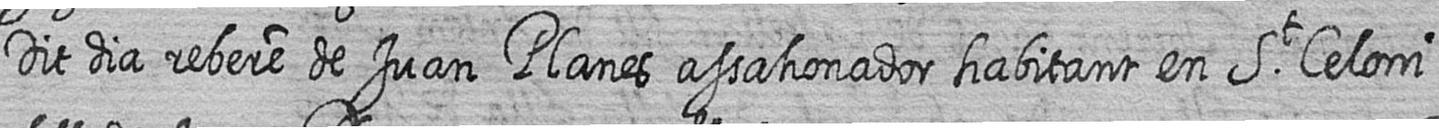
Dit dia rebere de Juan Planes assahonador habitant en St Celoni